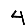
Digit: 4